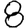
Digit: 8